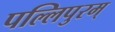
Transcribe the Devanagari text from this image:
पल्लिपुरम्